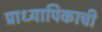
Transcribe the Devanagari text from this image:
प्राध्यापिकाची